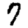
Digit: 7